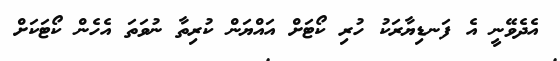
އެދެވޭނީ އެ ފަނޑިޔާރަކު ހުރި ކޯޓަށް އައްޔަން ކުރިތާ ނުވަތަ އެހެން ކޯޓަކަށް